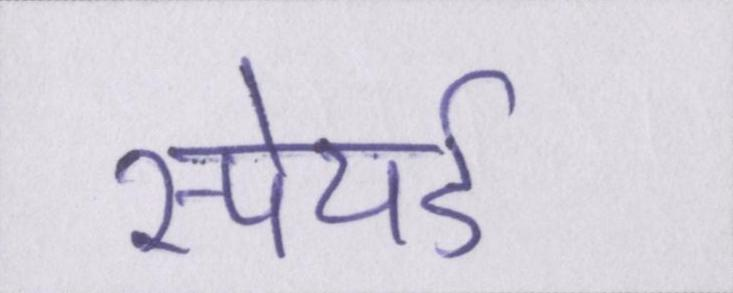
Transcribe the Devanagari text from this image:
स्पेयर्ड